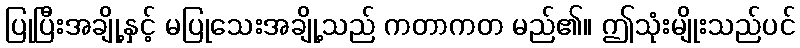
ပြုပြီးအချို့နှင့် မပြုသေးအချို့သည် ကတာကတ မည်၏။ ဤသုံးမျိုးသည်ပင်